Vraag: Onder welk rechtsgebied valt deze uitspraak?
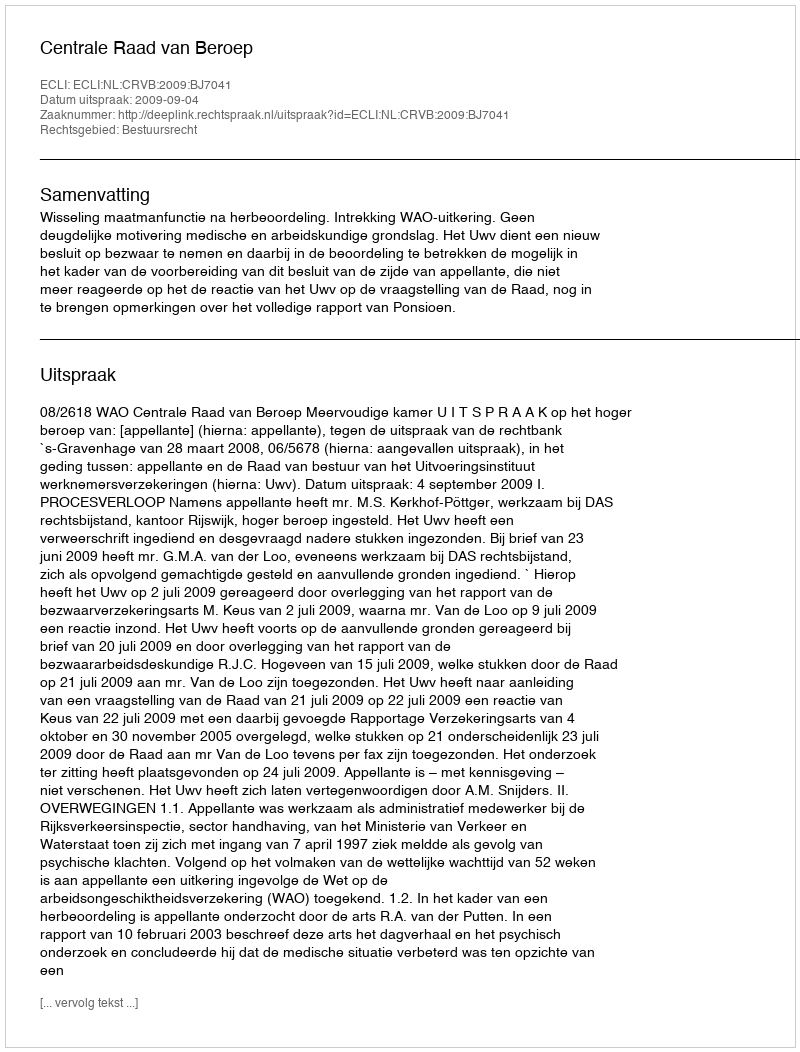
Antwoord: Bestuursrecht